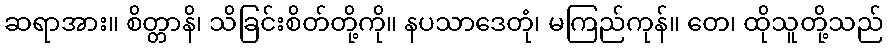
ဆရာအား။ စိတ္တာနိ၊ သိခြင်းစိတ်တို့ကို။ နပသာဒေတုံ၊ မကြည်ကုန်။ တေ၊ ထိုသူတို့သည်